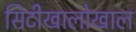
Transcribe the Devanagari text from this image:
सिटीखालोखाल